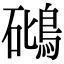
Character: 𥖧